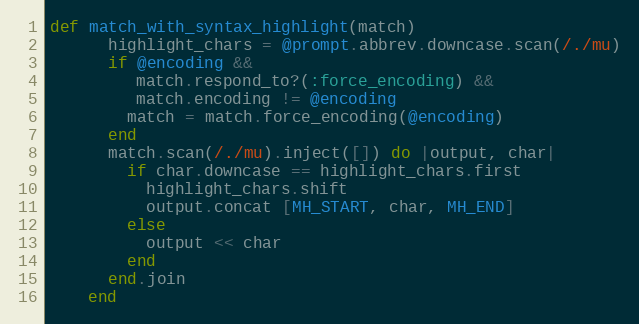
Language: Ruby
def match_with_syntax_highlight(match)
      highlight_chars = @prompt.abbrev.downcase.scan(/./mu)
      if @encoding &&
         match.respond_to?(:force_encoding) &&
         match.encoding != @encoding
        match = match.force_encoding(@encoding)
      end
      match.scan(/./mu).inject([]) do |output, char|
        if char.downcase == highlight_chars.first
          highlight_chars.shift
          output.concat [MH_START, char, MH_END]
        else
          output << char
        end
      end.join
    end